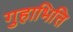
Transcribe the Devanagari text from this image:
गुहाभित्ति